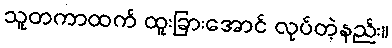
သူတကာထက် ထူးခြားအောင် လုပ်တဲ့နည်း။